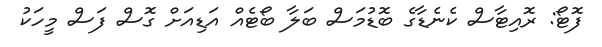
ފޮޓޯ: ރޮއިޓާސް ކެނެޑާގެ ބޮޑުމަސް ބަލާ ބޯޓެއް އަޑިއަށް ގޮސް ފަސް މީހަކު